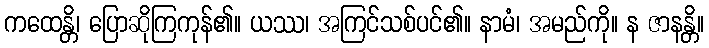
ကထေန္တိ၊ ပြောဆိုကြကုန်၏။ ယဿ၊ အကြင်သစ်ပင်၏။ နာမံ၊ အမည်ကို။ န ဇာနန္တိ။